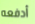
أدفعه